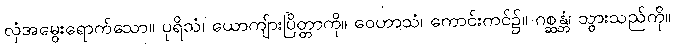
လှံအမွေးရောက်သော။ ပုရိသံ၊ ယောကျ်ားပြိတ္တာကို။ ဝေဟာသံ၊ ကောင်းကင်၌။ ဂစ္ဆန္တံ၊ သွားသည်ကို။